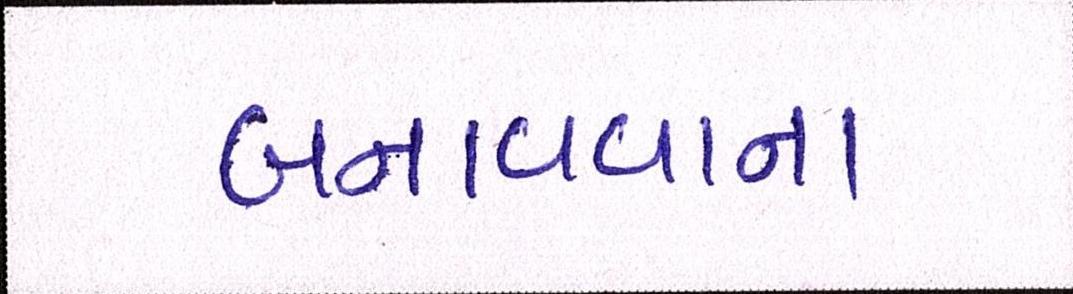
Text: બનાવવાના